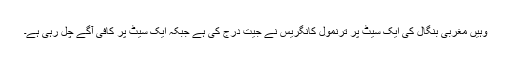
وہیں مغربی بنگال کی ایک سیٹ پر ترنمول کانگریس نے جیت درج کی ہے جبکہ ایک سیٹ پر کافی آگے چل رہی ہے۔